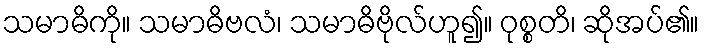
သမာဓိကို။ သမာဓိဗလံ၊ သမာဓိဗိုလ်ဟူ၍။ ဝုစ္စတိ၊ ဆိုအပ်၏။